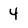
Character: 4